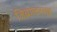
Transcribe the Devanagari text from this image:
जिब्राल्टरसह